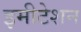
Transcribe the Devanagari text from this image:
इमीटेशन